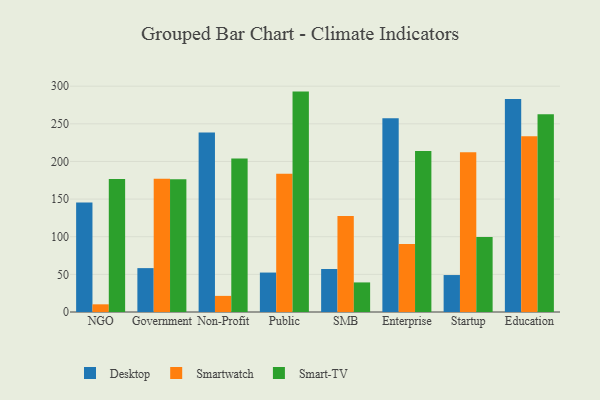
{"axis": {"x": "Segment", "y": "Inventory Turnover"}, "legend": ["Desktop", "Smart-TV", "Smartwatch"], "data": [{"x": "NGO", "y": 145.5, "type": "Desktop"}, {"x": "NGO", "y": 10.2, "type": "Smartwatch"}, {"x": "NGO", "y": 176.8, "type": "Smart-TV"}, {"x": "Government", "y": 58.3, "type": "Desktop"}, {"x": "Government", "y": 177.0, "type": "Smartwatch"}, {"x": "Government", "y": 176.3, "type": "Smart-TV"}, {"x": "Non-Profit", "y": 238.6, "type": "Desktop"}, {"x": "Non-Profit", "y": 21.4, "type": "Smartwatch"}, {"x": "Non-Profit", "y": 203.8, "type": "Smart-TV"}, {"x": "Public", "y": 52.4, "type": "Desktop"}, {"x": "Public", "y": 183.6, "type": "Smartwatch"}, {"x": "Public", "y": 292.8, "type": "Smart-TV"}, {"x": "SMB", "y": 57.1, "type": "Desktop"}, {"x": "SMB", "y": 127.4, "type": "Smartwatch"}, {"x": "SMB", "y": 39.3, "type": "Smart-TV"}, {"x": "Enterprise", "y": 257.3, "type": "Desktop"}, {"x": "Enterprise", "y": 90.2, "type": "Smartwatch"}, {"x": "Enterprise", "y": 213.8, "type": "Smart-TV"}, {"x": "Startup", "y": 49.1, "type": "Desktop"}, {"x": "Startup", "y": 212.3, "type": "Smartwatch"}, {"x": "Startup", "y": 99.7, "type": "Smart-TV"}, {"x": "Education", "y": 283.0, "type": "Desktop"}, {"x": "Education", "y": 233.5, "type": "Smartwatch"}, {"x": "Education", "y": 262.7, "type": "Smart-TV"}]}